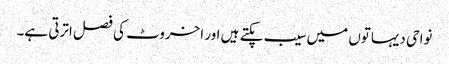
نواحی دیہاتوں میں سیب پکتے ہیں اور اخروٹ کی فصل اترتی ہے۔